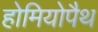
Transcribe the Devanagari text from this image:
होमियोपैथ